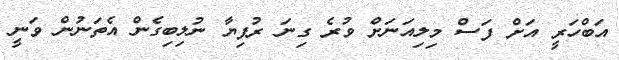
އަބްހަރީ އަށް ފަސް މިލިއަނަށް ވުރެ ގިނަ ރުފިޔާ ނުލިބިގެން އެތަނުން ވަނީ